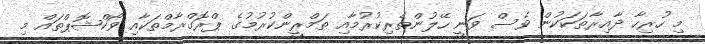
މި ހުރިހާ ދާއިރާތަކަކުން ވެސް ވަނީ ހޭލުންތެރިކުރުމާއި ތަމްރީންކުރުމުގެ ޕްރޮގްރާމްތަކާއި ވޯކްޝޮޕްތައް މި